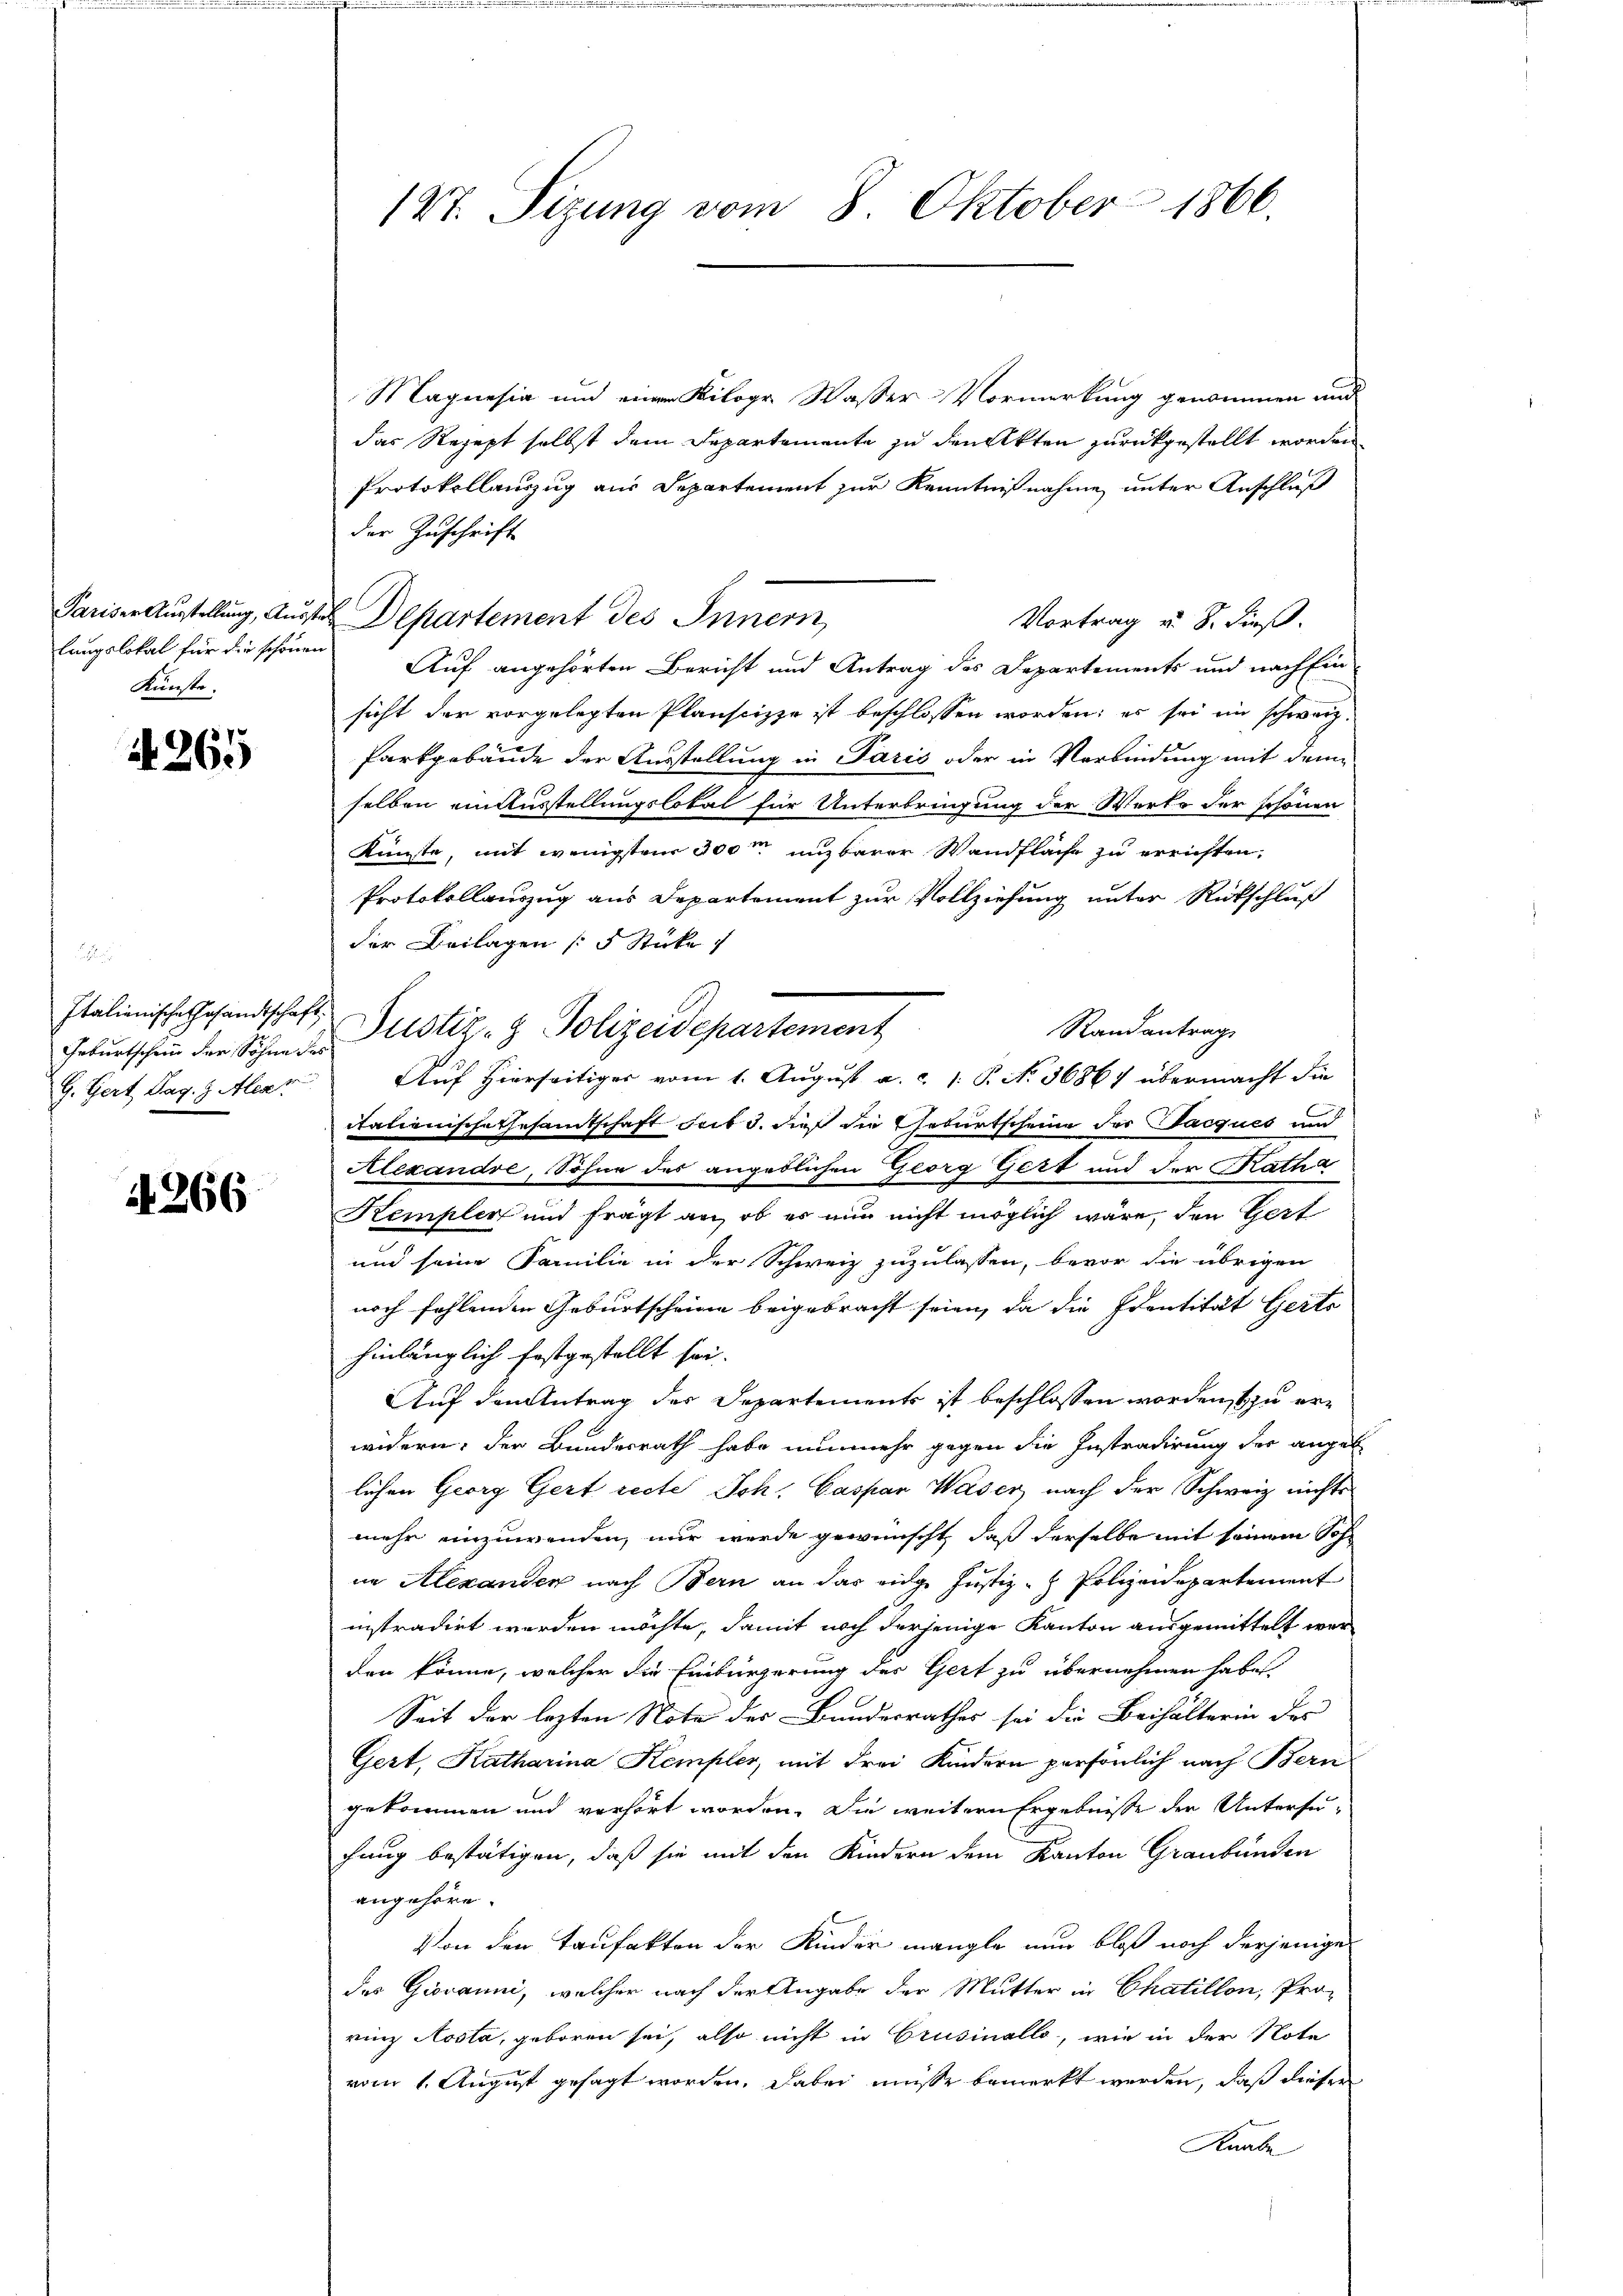
Künste.

4265

Italienische Gesandtschaft.
G. Gert Tag. 9 Alexer

44266

Magnesia und einen Kilogr. Wasser Vormerkung genommen und
das Rezept selbst dem Departemente zu den Akten zurückgestellt worden
Protokollanzug aus Departement zur Kenntnißnahme unter Anschluß
der Zuschrift
Vortrag u. 8. dieß.
langslokal für die schönen Auf angehörten Bericht und Antrag des Departements und nach Ein
sicht der vorgelegten Planscizze ist beschlossen worden; es sei ein schweiz.
Parkgebäude der Ausstellung in Paris oder in Verbindung mit dem
selben einausstellungslokal für Unterbringung der Werke der schönen
Künste, mit wenigsten 300m unzbarer Wandfläche zu errichten.
Protokollauszug aus Departement zur Vollziehung unter Rückschluß
der Beilagen (5 Stücke
Randantrag
Auf Hierseitiger vom 1. August a. ..  P. N. 36867 übermacht die
itationschatzesamtschaft Frik d. dieß die Geburtscheine des Jacques und
Alexandre, Sohne des angeblichen Georg Gert und der Ratha
Kempler und frägt an, ob es nun nicht möglich wäre, den Zeit
und seine Familie in der Schweiz zuzulassen, bevor die übrigen
noch fehlenden Geburtscheine beigebracht seien, da die Identität Gertr
hinlänglich festgestellt sei.
Auf den Antrag der Departements ist beschlossen worden, zu erwidern, der Bundesrath habe nunmehr gegen die Instradirung der angele
lichen Georg Gert recte Joh. Caspar Waser nach der Schweiz nichts
mehr einzuwenden, nur werde gewünscht, daß derselbe mit seinem Sohn
im Alexanden nach Bern an das eidge Justiz - Polizeidepartement
instradirt werden möchte, damit noch derjenige Kanton ausgemittelt werden könne, welcher die Einbürgerung des Gert zu übernehmen habe.
Seit der lezten Note der Bundesrathes sei die Beihalterin der
Gezt, Katharina Kempler, mit drei Kindern persönlich nach Bern
gekommen und verhört worden. Die weitern Ergebnisse der Untersu-
fung bestätigen, daß sie mit den Kindern dem Kanton Graubünden
angehöre.
Von den Taufakten der Kinder mangle nun bloß noch derjenige
des Giovanni, welcher nach der Angabe der Mutter in Chatillon, Pro-
rinz Aosta, geboren sei, also nicht in Crusinello, wie in der Note
vom 1. August gesagt worden, dabei müsse bemerkt werden, daß dieser
Knabe

127. Sizung vom 8. Oktober 1866.

Pariser Austellung, Ausste Departement des Innern,

Geburtschein der Sohne der Justiz- & Polizeidepartement